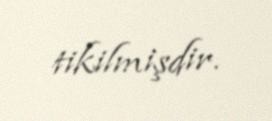
tikilmişdir.